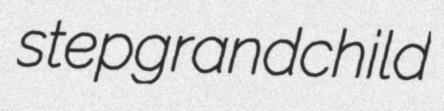
stepgrandchild